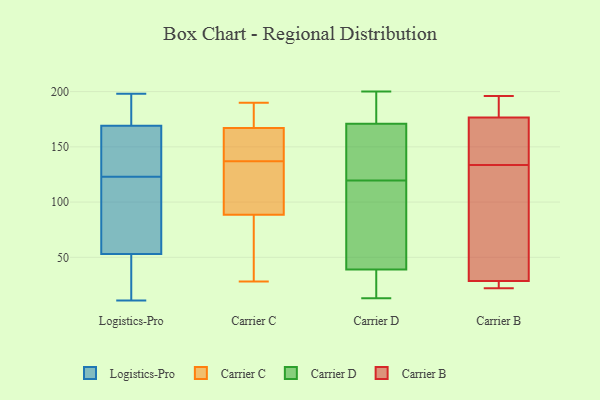
{"axis": {"x": "Population (Million)", "y": "Value"}, "legend": ["Carrier B", "Carrier C", "Carrier D", "Logistics-Pro"], "data": [{"x": "", "y": 189, "type": "Logistics-Pro"}, {"x": "", "y": 171, "type": "Logistics-Pro"}, {"x": "", "y": 11, "type": "Logistics-Pro"}, {"x": "", "y": 198, "type": "Logistics-Pro"}, {"x": "", "y": 62, "type": "Logistics-Pro"}, {"x": "", "y": 50, "type": "Logistics-Pro"}, {"x": "", "y": 125, "type": "Logistics-Pro"}, {"x": "", "y": 163, "type": "Logistics-Pro"}, {"x": "", "y": 82, "type": "Logistics-Pro"}, {"x": "", "y": 162, "type": "Logistics-Pro"}, {"x": "", "y": 83, "type": "Logistics-Pro"}, {"x": "", "y": 123, "type": "Logistics-Pro"}, {"x": "", "y": 188, "type": "Logistics-Pro"}, {"x": "", "y": 49, "type": "Logistics-Pro"}, {"x": "", "y": 35, "type": "Logistics-Pro"}, {"x": "", "y": 174, "type": "Carrier C"}, {"x": "", "y": 112, "type": "Carrier C"}, {"x": "", "y": 157, "type": "Carrier C"}, {"x": "", "y": 120, "type": "Carrier C"}, {"x": "", "y": 147, "type": "Carrier C"}, {"x": "", "y": 50, "type": "Carrier C"}, {"x": "", "y": 166, "type": "Carrier C"}, {"x": "", "y": 127, "type": "Carrier C"}, {"x": "", "y": 190, "type": "Carrier C"}, {"x": "", "y": 168, "type": "Carrier C"}, {"x": "", "y": 28, "type": "Carrier C"}, {"x": "", "y": 65, "type": "Carrier C"}, {"x": "", "y": 154, "type": "Carrier D"}, {"x": "", "y": 13, "type": "Carrier D"}, {"x": "", "y": 150, "type": "Carrier D"}, {"x": "", "y": 69, "type": "Carrier D"}, {"x": "", "y": 38, "type": "Carrier D"}, {"x": "", "y": 171, "type": "Carrier D"}, {"x": "", "y": 200, "type": "Carrier D"}, {"x": "", "y": 39, "type": "Carrier D"}, {"x": "", "y": 199, "type": "Carrier D"}, {"x": "", "y": 89, "type": "Carrier D"}, {"x": "", "y": 156, "type": "Carrier B"}, {"x": "", "y": 135, "type": "Carrier B"}, {"x": "", "y": 132, "type": "Carrier B"}, {"x": "", "y": 30, "type": "Carrier B"}, {"x": "", "y": 177, "type": "Carrier B"}, {"x": "", "y": 186, "type": "Carrier B"}, {"x": "", "y": 22, "type": "Carrier B"}, {"x": "", "y": 27, "type": "Carrier B"}, {"x": "", "y": 196, "type": "Carrier B"}, {"x": "", "y": 176, "type": "Carrier B"}, {"x": "", "y": 105, "type": "Carrier B"}, {"x": "", "y": 23, "type": "Carrier B"}]}